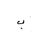
Letter: _ba